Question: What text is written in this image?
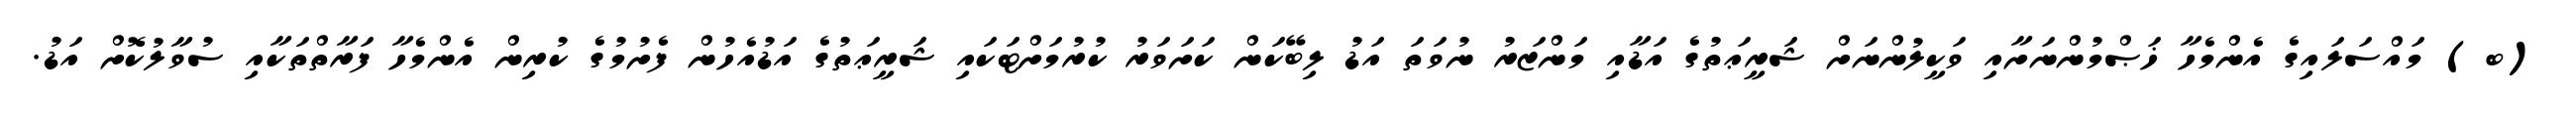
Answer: (ބ) މައްސަލައިގެ އެންމެހާ ޚަޞްމުންނަށާއި ވަކީލުންނަށް ޝަރީޢަތުގެ އަޑާއި މަންޒަރު ނުވަތަ އަޑު ލިބޭކަން ކަށަވަރު ކުރުމަށްޓަކައި ޝަރީޢަތުގެ އަޑުއެހުން ފެށުމުގެ ކުރިން އެންމެހާ ފަރާތްތަކާއި ސުވާލުކޮށް އަޑު.